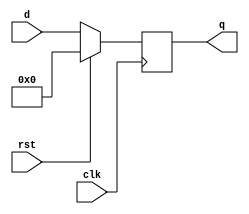

`timescale 1ns/1ns

module flopr_param (clk, rst, q,d);

parameter n=32;
input clk,rst;
input [n-1:0] d;
output reg [n-1:0] q;

always @ (posedge clk)

    if(!rst) q<=d;
    else q<=0;
    
endmodule